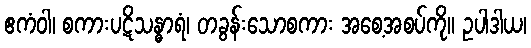
ဧကံဝါ၊ စကားပဋိသန္ဓာရံ၊ တခွန်းသောစကား အစေ့အစပ်ကို။ ဥပါဒါယ၊